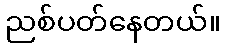
ညစ်ပတ်နေတယ်။